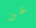
عن